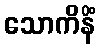
သောကိနိံ